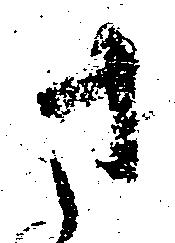
さ